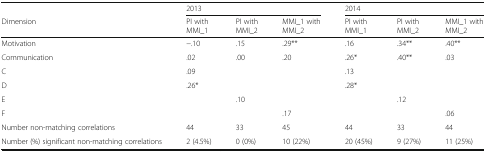
<table><thead><tr><td></td><td colspan="3"><b>2013</b></td><td colspan="3"><b>2014</b></td></tr><tr><td><b>Dimension</b></td><td><b>PI with MMI_1</b></td><td><b>PI with MMI_2</b></td><td><b>MMI_1 with MMI_2</b></td><td><b>PI with MMI_1</b></td><td><b>PI with MMI_2</b></td><td><b>MMI_1 with MMI_2</b></td></tr></thead><tbody><tr><td>Motivation</td><td>−.10</td><td>.15</td><td>.29**</td><td>.16</td><td>.34**</td><td>.40**</td></tr><tr><td>Communication</td><td>.02</td><td>.00</td><td>.20</td><td>.26*</td><td>.40**</td><td>.03</td></tr><tr><td>C</td><td>.09</td><td></td><td></td><td>.13</td><td></td><td></td></tr><tr><td>D</td><td>.26*</td><td></td><td></td><td>.28*</td><td></td><td></td></tr><tr><td>E</td><td></td><td>.10</td><td></td><td></td><td>.12</td><td></td></tr><tr><td>F</td><td></td><td></td><td>.17</td><td></td><td></td><td>.06</td></tr><tr><td>Number non-matching correlations</td><td>44</td><td>33</td><td>45</td><td>44</td><td>33</td><td>44</td></tr><tr><td>Number (%) significant non-matching correlations</td><td>2 (4.5%)</td><td>0 (0%)</td><td>10 (22%)</td><td>20 (45%)</td><td>9 (27%)</td><td>11 (25%)</td></tr></tbody></table>